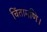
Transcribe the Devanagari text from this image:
चिंतामणि।